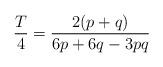
LaTeX: \begin{align*} \frac{T}{4}=\frac{2(p+q)}{6p+6q-3pq} \end{align*}